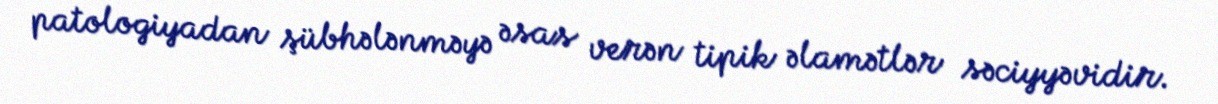
patologiyadan şübhələnməyə əsas verən tipik əlamətlər səciyyəvidir.